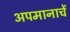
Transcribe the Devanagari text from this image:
अपमानाचें